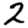
Digit: 2